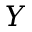
Y